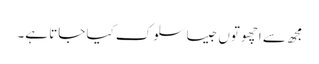
مجھ سے اچھوتوں جیسا سلوک کیا جاتا ہے۔